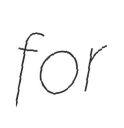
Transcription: for